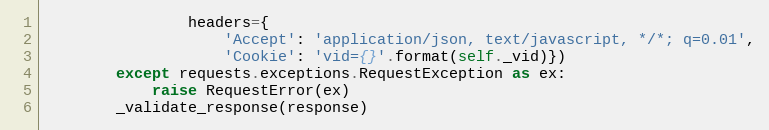
Language: Python
                headers={
                    'Accept': 'application/json, text/javascript, */*; q=0.01',
                    'Cookie': 'vid={}'.format(self._vid)})
        except requests.exceptions.RequestException as ex:
            raise RequestError(ex)
        _validate_response(response)